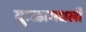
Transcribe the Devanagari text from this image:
कुळामधली